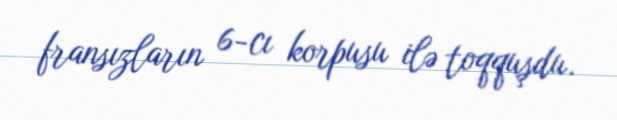
fransızların 6-cı korpusu ilə toqquşdu.